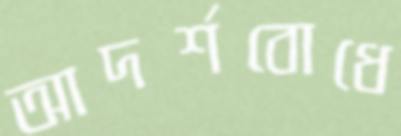
আদর্শবোধে